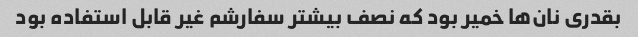
بقدری نان‌ها خمیر بود که نصف بیشتر سفارشم غیر قابل استفاده بود